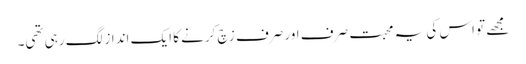
مجھے تو اس کی یہ محبت صرف اور صرف زچ کرنے کا ایک انداز لگ رہی تھی۔